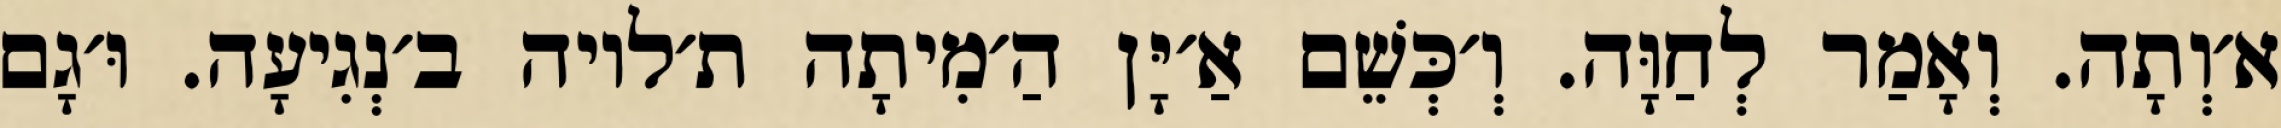
א׳וְתָה. וְאָמַר לְחַוָּה. וְ׳כְּשֵׁם אַ׳יָּן הַ׳מִיתָה ת׳לויה ב׳נְגִיעָה. וּ׳גָם